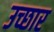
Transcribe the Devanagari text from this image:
उच्छार